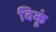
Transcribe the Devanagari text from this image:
विकूं